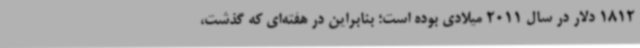
1812 دلار در سال 2011 میلادی بوده است؛ بنابراین در هفته‌ای که گذشت،